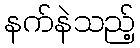
နက်နဲသည့်